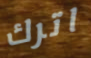
اترك